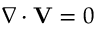
\nabla \cdot \mathbf { V } = 0